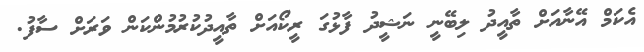
އެކަމް އޭނާއަށް ތާއީދު ލިބޭނީ ނަޝީދު ފާޅުގަ ރީކޯއަށް ތާއީދުކުރުމުންކަން ވަރަށް ސާފު.